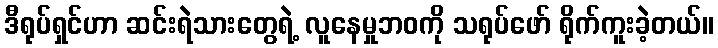
ဒီရုပ်ရှင်ဟာ ဆင်းရဲသားတွေရဲ့ လူနေမှုဘဝကို သရုပ်ဖော် ရိုက်ကူးခဲ့တယ်။